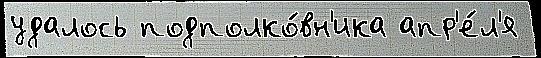
удалось подполко́вн'ика апр'е́л'я